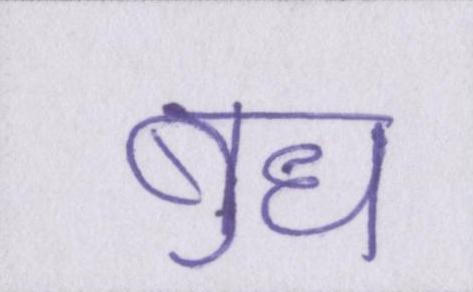
बुध